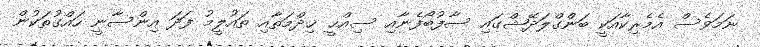
ނަމަވެސް އެމެރިކާއަކީ ބަންގްލަދޭޝްގައި ސާފުބޯފެނާއި ސިއްޙީ ޚިދްމަތާއި ތައުލީމު ފަދަ އިންސާނީ ހައްގުތަކުން